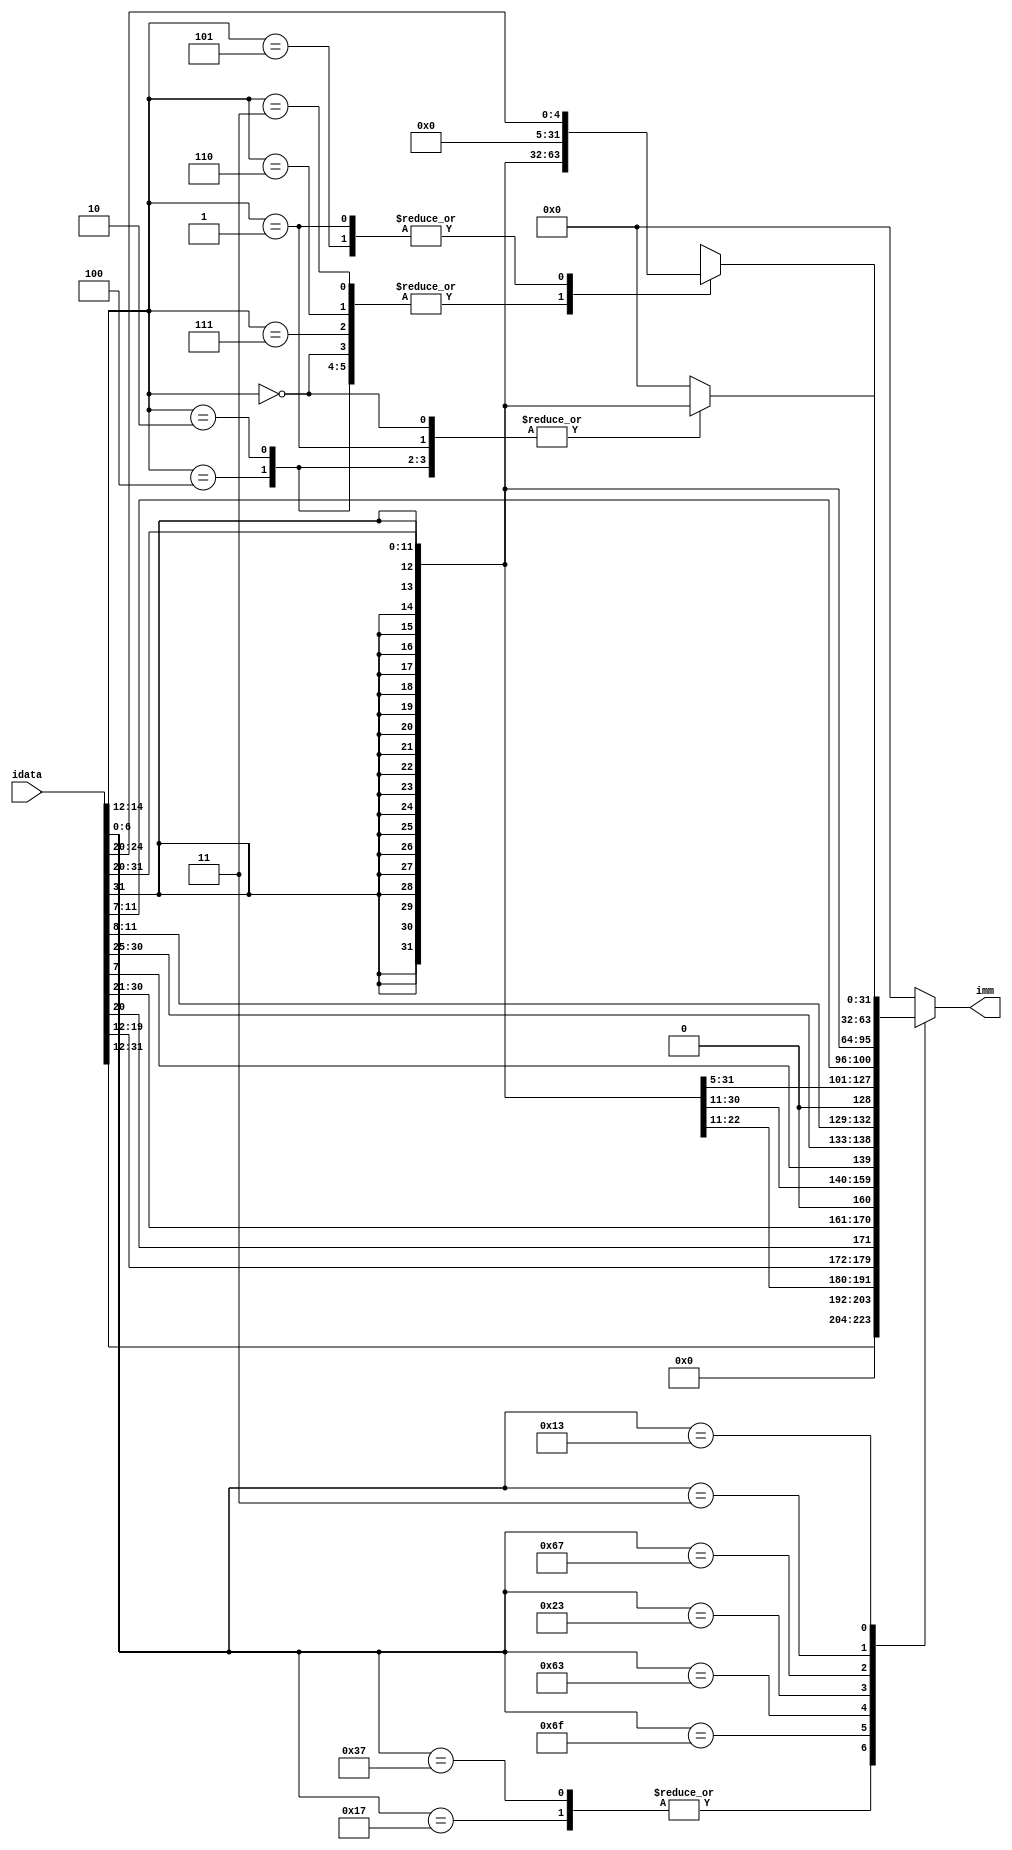
module immgen(
    input [31:0] idata,
    output reg [31:0] imm
    );
    
    always @ (*) begin
        
        //$display("%d :",imm);
        
        case (idata[6:0])
            
            //U-type
            7'b0110111, //LUI
            7'b0010111: //AUIPC
                imm <= {idata[31:12], 12'd0};
                        
            //J-type
            7'b1101111: //JAL
                imm <= {{12{idata[31]}}, idata[19:12], idata[20], idata[30:21], 1'b0};
                        
            //B-type
            7'b1100011: //BEQ BNE BLT BGE BLTU BGEU 
                imm <= {{20{idata[31]}}, idata[7], idata[30:25], idata[11:8], 1'b0};  
                        
            //S-type
            7'b0100011: //SB SH SW
                imm <= {{20{idata[31]}}, idata[31:25], idata[11:7]};
                        
            //I-type
            7'b1100111: //JALR        
                imm <= {{20{idata[31]}},idata[31:20]};
                    
            7'b0000011: //LB LH LW LBU LHU
                case (idata[14:12])
                    
                    3'b000, //LB LH LW LBU LHU
                    3'b001,
                    3'b010,
                    3'b100,
                    3'b101:
                        imm <= {{20{idata[31]}},idata[31:20]};
                    default:
                        imm <= 32'b0;
                endcase
                    
            7'b0010011: //
                        
                case (idata[14:12])
                    
                    3'b000, //ADDI SLTI SLTIU XORI ORI ANDI
                    3'b010,
                    3'b011,
                    3'b100,
                    3'b110,
                    3'b111:
                        imm <= {{20{idata[31]}},idata[31:20]};
                    
                    3'b001, //SLLI SRLI SRAI 
                    3'b101:
                        imm <= {{27{1'b0}},idata[24:20]};
                    default:
                        imm <= 32'b0;
                endcase
                    
            default: //R-type
                imm <= 32'b0;
            
        endcase
    end
endmodule